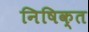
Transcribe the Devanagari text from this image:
निषिक्त